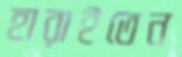
হারাইতেন